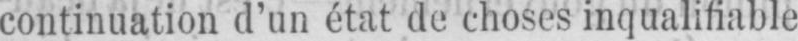
continuation d’un état de choses inqualifiable